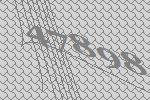
47898